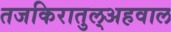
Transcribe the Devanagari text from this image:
तजकिरातुल्अहवाल